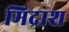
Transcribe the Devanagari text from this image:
मिद्राश